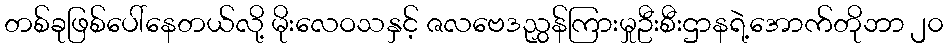
တစ်ခုဖြစ်ပေါ်နေတယ်လို့ မိုးလေဝသနှင့် ဇလဗေဒညွှန်ကြားမှုဦးစီးဌာနရဲ့အောက်တိုဘာ ၂၀